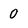
Character: 0